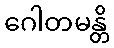
ဂေါတမန္တိ